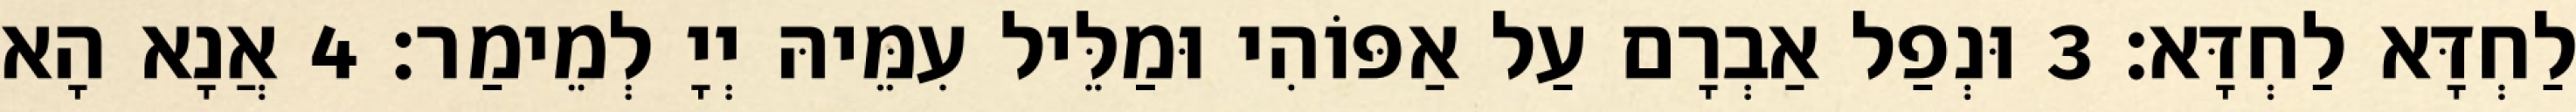
לַחְדָּא לַחְדָּא׃ 3 וּנְפַל אַבְרָם עַל אַפּוֹהִי וּמַלֵּיל עִמֵּיהּ יְיָ לְמֵימַר׃ 4 אֲנָא הָא